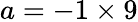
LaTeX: a=-1\times 9